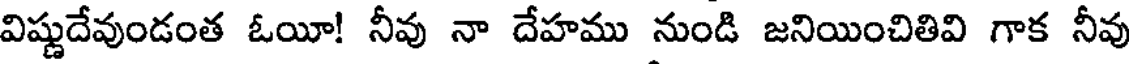
విష్ణుదేవుండంత ఓయీ! నీవు నా దేహము నుండి జనియించితివి గాక నీవు